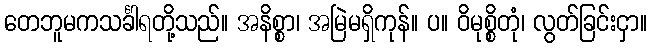
တေဘူမကသင်္ခါရတို့သည်။ အနိစ္စာ၊ အမြဲမရှိကုန်။ ပ။ ဝိမုစ္စိတုံ၊ လွတ်ခြင်းငှာ။